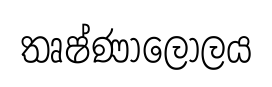
තෘෂ්ණාලෝලය